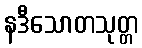
နဒီသောတသုတ္တ